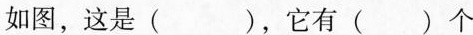
如图，这是()，它有()个